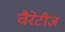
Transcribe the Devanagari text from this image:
चैरेटीज़